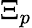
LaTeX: \Xi_{p}